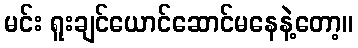
မင်း ရူးချင်ယောင်ဆောင်မနေနဲ့တော့။